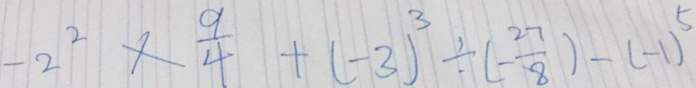
- 2 ^ { 2 } \times \frac { 9 } { 4 } + ( - 3 ) ^ { 3 } \div ( - \frac { 2 7 } { 8 } ) - ( - 1 ) ^ { 5 }